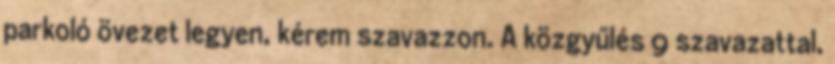
parkoló övezet legyen, kérem szavazzon. A közgyűlés 9 szavazattal,